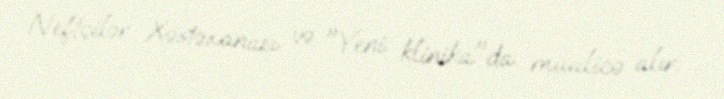
Neftçilər Xəstəxanası və "Yeni klinika"da müalicə alır.